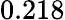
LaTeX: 0.218